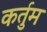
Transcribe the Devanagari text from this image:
कर्तुम